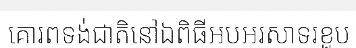
គោរពទង់ជាតិនៅឯពិធីអបអរសាទរខួប